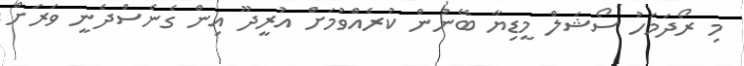
މި ރޯދަމަހު ސޯޝަލް މީޑިޔާ ބޭނުން ކުރެއްވުމަށް އުރީދޫ އިން ގެނެސްދެނީ ވަރަށް